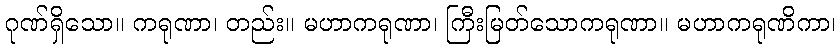
ဂုဏ်ရှိသော။ ကရုဏာ၊ တည်း။ မဟာကရုဏာ၊ ကြီးမြတ်သောကရုဏာ။ မဟာကရုဏိကာ၊